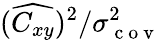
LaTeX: (\widehat{C_{xy}})^{2}/\sigma_{\mathrm{~c~o~v~}}^{2}